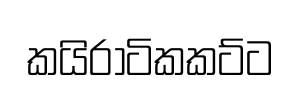
කයිරාටිකකට්ට